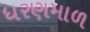
ધરણમાળ